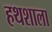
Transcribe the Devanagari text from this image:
हथशाला